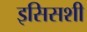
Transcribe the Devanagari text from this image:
इसिसशी